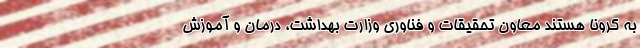
به کرونا هستند معاون تحقیقات و فناوری وزارت بهداشت، درمان و آموزش